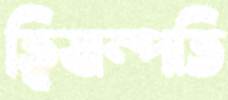
ত্বিষাম্পতি